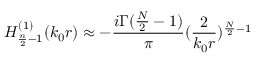
H _ { \frac { n } { 2 } - 1 } ^ { ( 1 ) } ( k _ { 0 } r ) \approx - \frac { i \Gamma ( \frac { N } { 2 } - 1 ) } { \pi } ( \frac { 2 } { k _ { 0 } r } ) ^ { \frac { N } { 2 } - 1 }